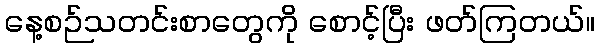
နေ့စဉ်သတင်းစာတွေကို စောင့်ပြီး ဖတ်ကြတယ်။